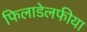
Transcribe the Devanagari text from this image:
फिलाडेलफीया